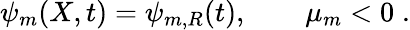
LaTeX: \psi_{m}(X,t)=\psi_{m,R}(t),\qquad\mu_{m}<0\; .